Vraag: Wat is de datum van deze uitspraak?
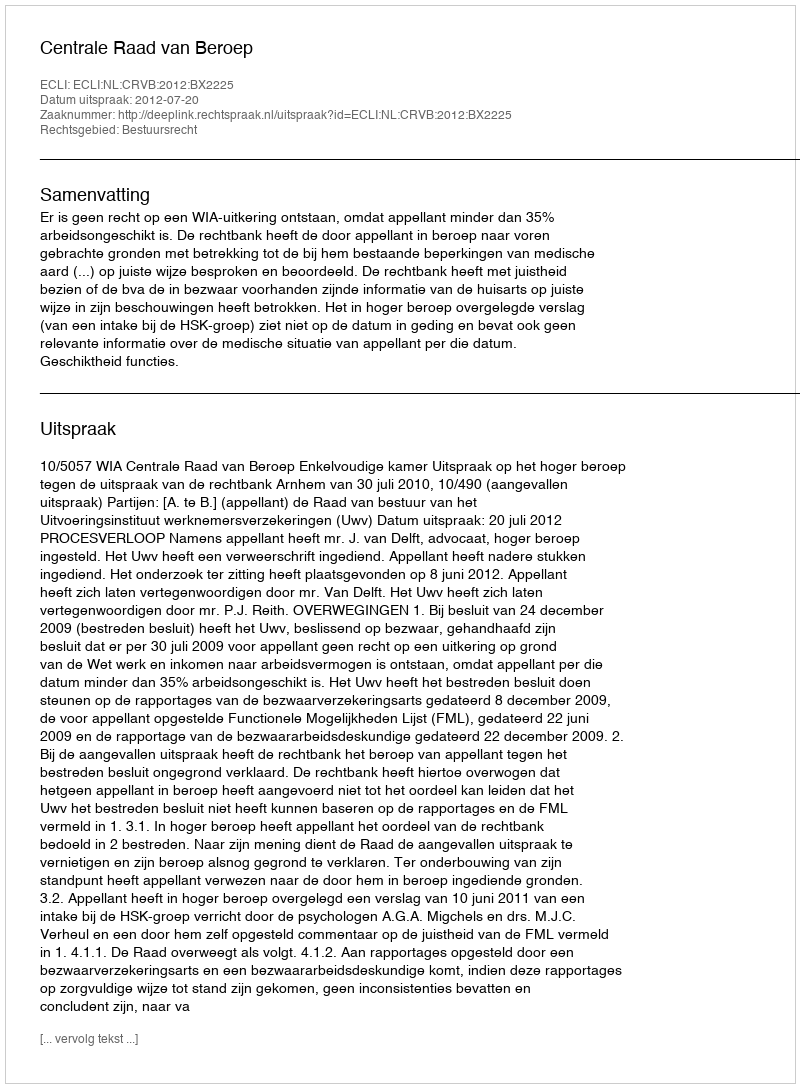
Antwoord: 2012-07-20